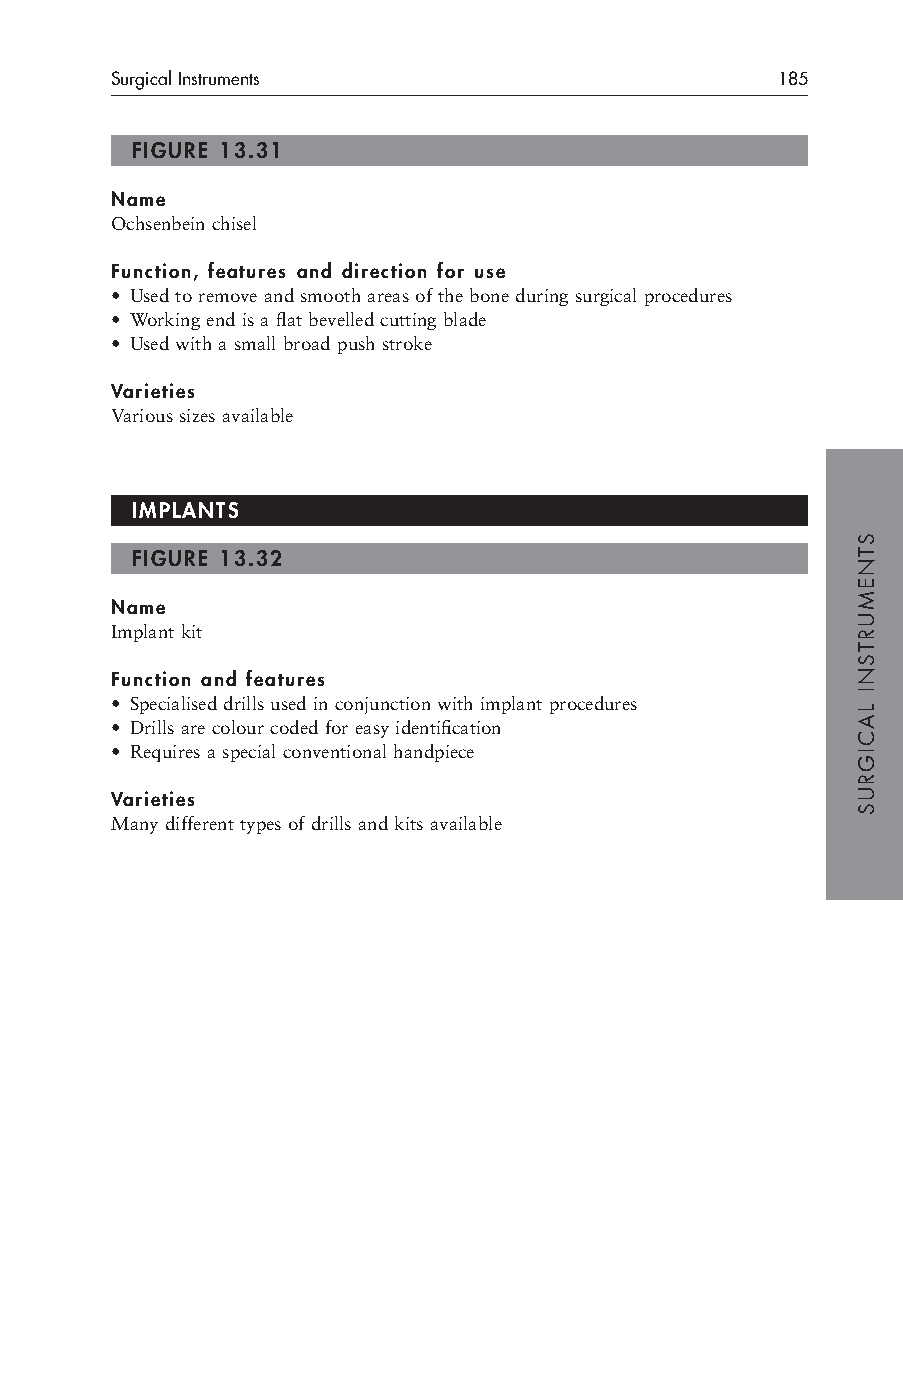
Surgical Instruments                        185
 FIGURE 13.31
 Name
 Ochsenbein chisel
 Function, features and direction for use
 • Used to remove and smooth areas of the bone during surgical procedures
 • Working end is a flat bevelled cutting blade
 • Used with a small broad push stroke
 Varieties
 Various sizes available
 IMPLANTS
 FIGURE 13.32
 Name
 Implant kit
 Function and features
 • Specialised drills used in conjunction with implant procedures
 • Drills are colour coded for easy identification
 • Requires a special conventional handpiece
 Varieties
 Many different types of drills and kits available
 STNEMURTSNI
 LACIGRUS